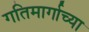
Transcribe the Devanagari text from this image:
गतिमार्गाच्या